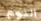
النوم